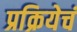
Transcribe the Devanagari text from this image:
प्रक्रियेचं